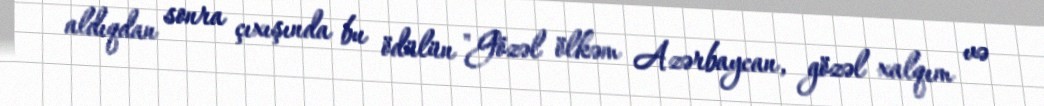
aldıqdan sonra çıxışında bu ödülün "Gözəl ölkəm Azərbaycan, gözəl xalqım və